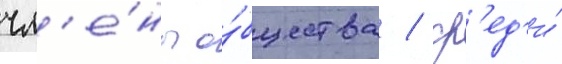
чл'е́ны о́бщества / ср'ед'и́